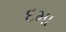
દમા